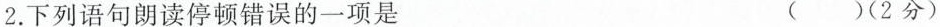
2.下列语句朗读停顿错误的一项是 ( )(2分)